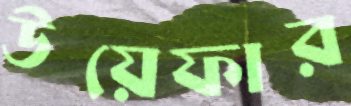
উয়েফার